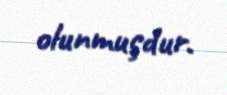
olunmuşdur.